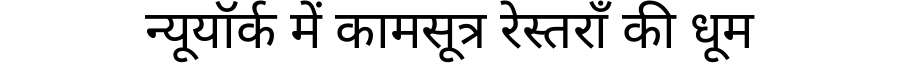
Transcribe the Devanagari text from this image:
न्यूयॉर्क में कामसूत्र रेस्तराँ की धूम